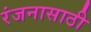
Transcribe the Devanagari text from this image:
रंजनासाठी